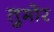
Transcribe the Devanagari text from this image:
तुमोर